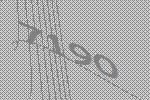
7190